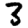
Digit: 3